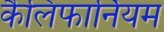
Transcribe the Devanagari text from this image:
कैलिफार्नियम